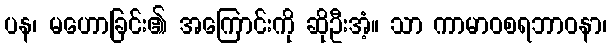
ပန၊ မဟောခြင်း၏ အကြောင်းကို ဆိုဦးအံ့။ သာ ကာမာဝစရဘာဝနာ၊